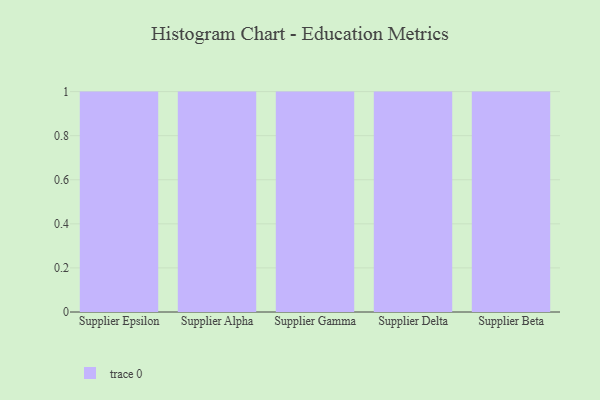
{"axis": {"x": "Supplier", "y": "Bounce Rate (%)"}, "legend": [""], "data": [{"x": "Supplier Epsilon", "y": 81, "type": ""}, {"x": "Supplier Alpha", "y": 70, "type": ""}, {"x": "Supplier Gamma", "y": 91, "type": ""}, {"x": "Supplier Delta", "y": 28, "type": ""}, {"x": "Supplier Beta", "y": 36, "type": ""}]}